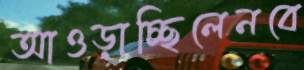
আওড়াচ্ছিলেনবে